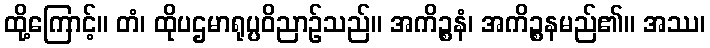
ထို့ကြောင့်။ တံ၊ ထိုပဌမာရုပ္ပဝိညာဉ်သည်။ အကိဉ္စနံ၊ အကိဉ္စနမည်၏။ အဿ၊